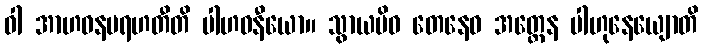
ဝါ အာဟဝနမရဟတီတိ ပါဟဝနီယော။ သွာယမိဓ တေနေဝ အတ္ထေန ပါဟုနေယျောတိ